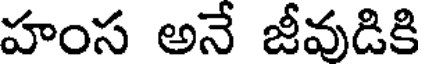
హంస అనే జీవుడికి